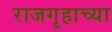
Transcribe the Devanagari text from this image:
राजगृहाच्या